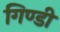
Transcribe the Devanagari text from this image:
गिण्डी